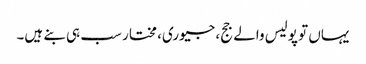
یہاں تو پولیس والے جج، جیوری، مختار سب ہی بنے ہیں۔